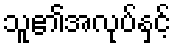
သူ၏အလုပ်နှင့်